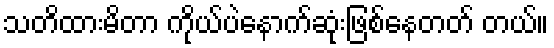
သတိထားမိတာ ကိုယ်ပဲနောက်ဆုံးဖြစ်နေတတ် တယ်။